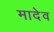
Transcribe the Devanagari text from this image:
मादेव